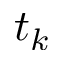
t _ { k }